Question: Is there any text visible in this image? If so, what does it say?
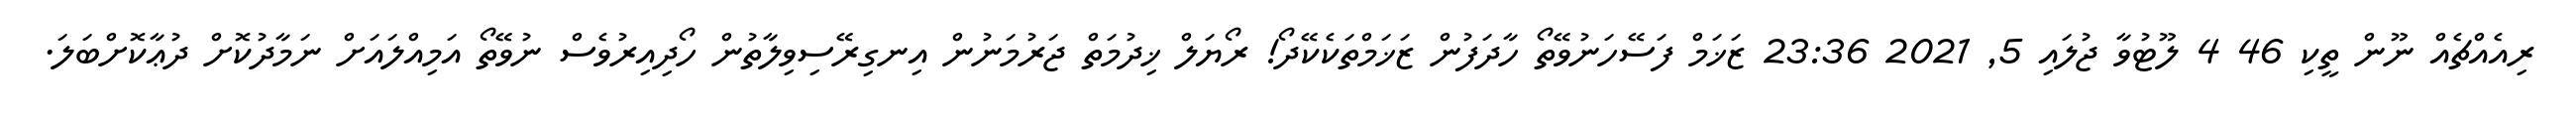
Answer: ރިއެއްޗެއް ނޫން ތީކި 46 4 ލޫޓުވާ ޖުލައި 5, 2021 23:36 ޒަޚަމް ފަސޭހަނުވޭތޯ ހާދަފުން ޒަޚަމްތަކެކޭދޯ! ރޯޔަލް ޚިދުމަތް ޖަރުމަނުން އިނގިރޭސިވިލާތުން ހޯދިއިރުވެސް ނުވޭތޯ އަމިއްލައަށް ނަމާދުކޮށް ދުޢާކޮށްބަލަ.